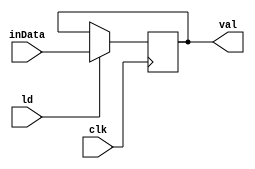
module _32bit_REG(val, inData, ld, clk);
input [31:0] inData;
input ld, clk;
output [31:0] val;

reg [31:0] memory;

initial begin
memory = 32'b0;
end

always @(posedge clk)
begin
if(ld)
	memory <= inData;
end

assign val = memory;


endmodule